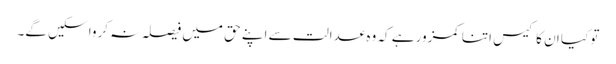
تو کیا ان کا کیس اتنا کمزور ہے کہ وہ عدالت سے اپنے حق میں فیصلہ نہ کروا سکیں گے۔